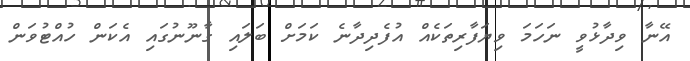
އޭނާ ވިދާޅުވީ ނަހަމަ ވިޔަފާރިތަކެއް އުފެދިދާނެ ކަމަށް ބަލައި ގާނޫނުގައި އެކަން ހުއްޓުވަން